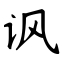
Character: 讽